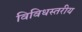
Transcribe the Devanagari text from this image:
विविधस्तरीय